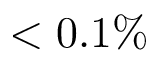
< 0 . 1 \%